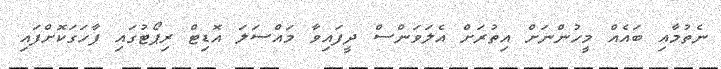
ނެތުމާއި ބައެއް މީހުންނަށް އިތުރަށް އެލަވަންސް ދީފައިވާ މައްސަލަ އޮޑިޓް ރިޕޯޓުގައި ފާހަގަކޮށްފައި